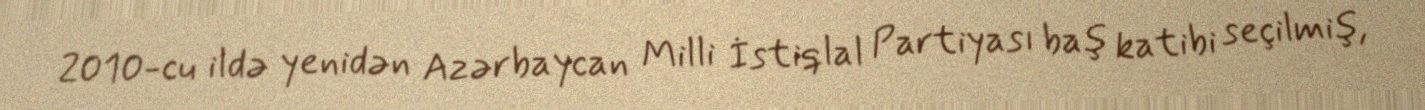
2010-cu ildə yenidən Azərbaycan Milli İstiqlal Partiyası baş katibi seçilmiş,